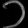
Digit: ၁